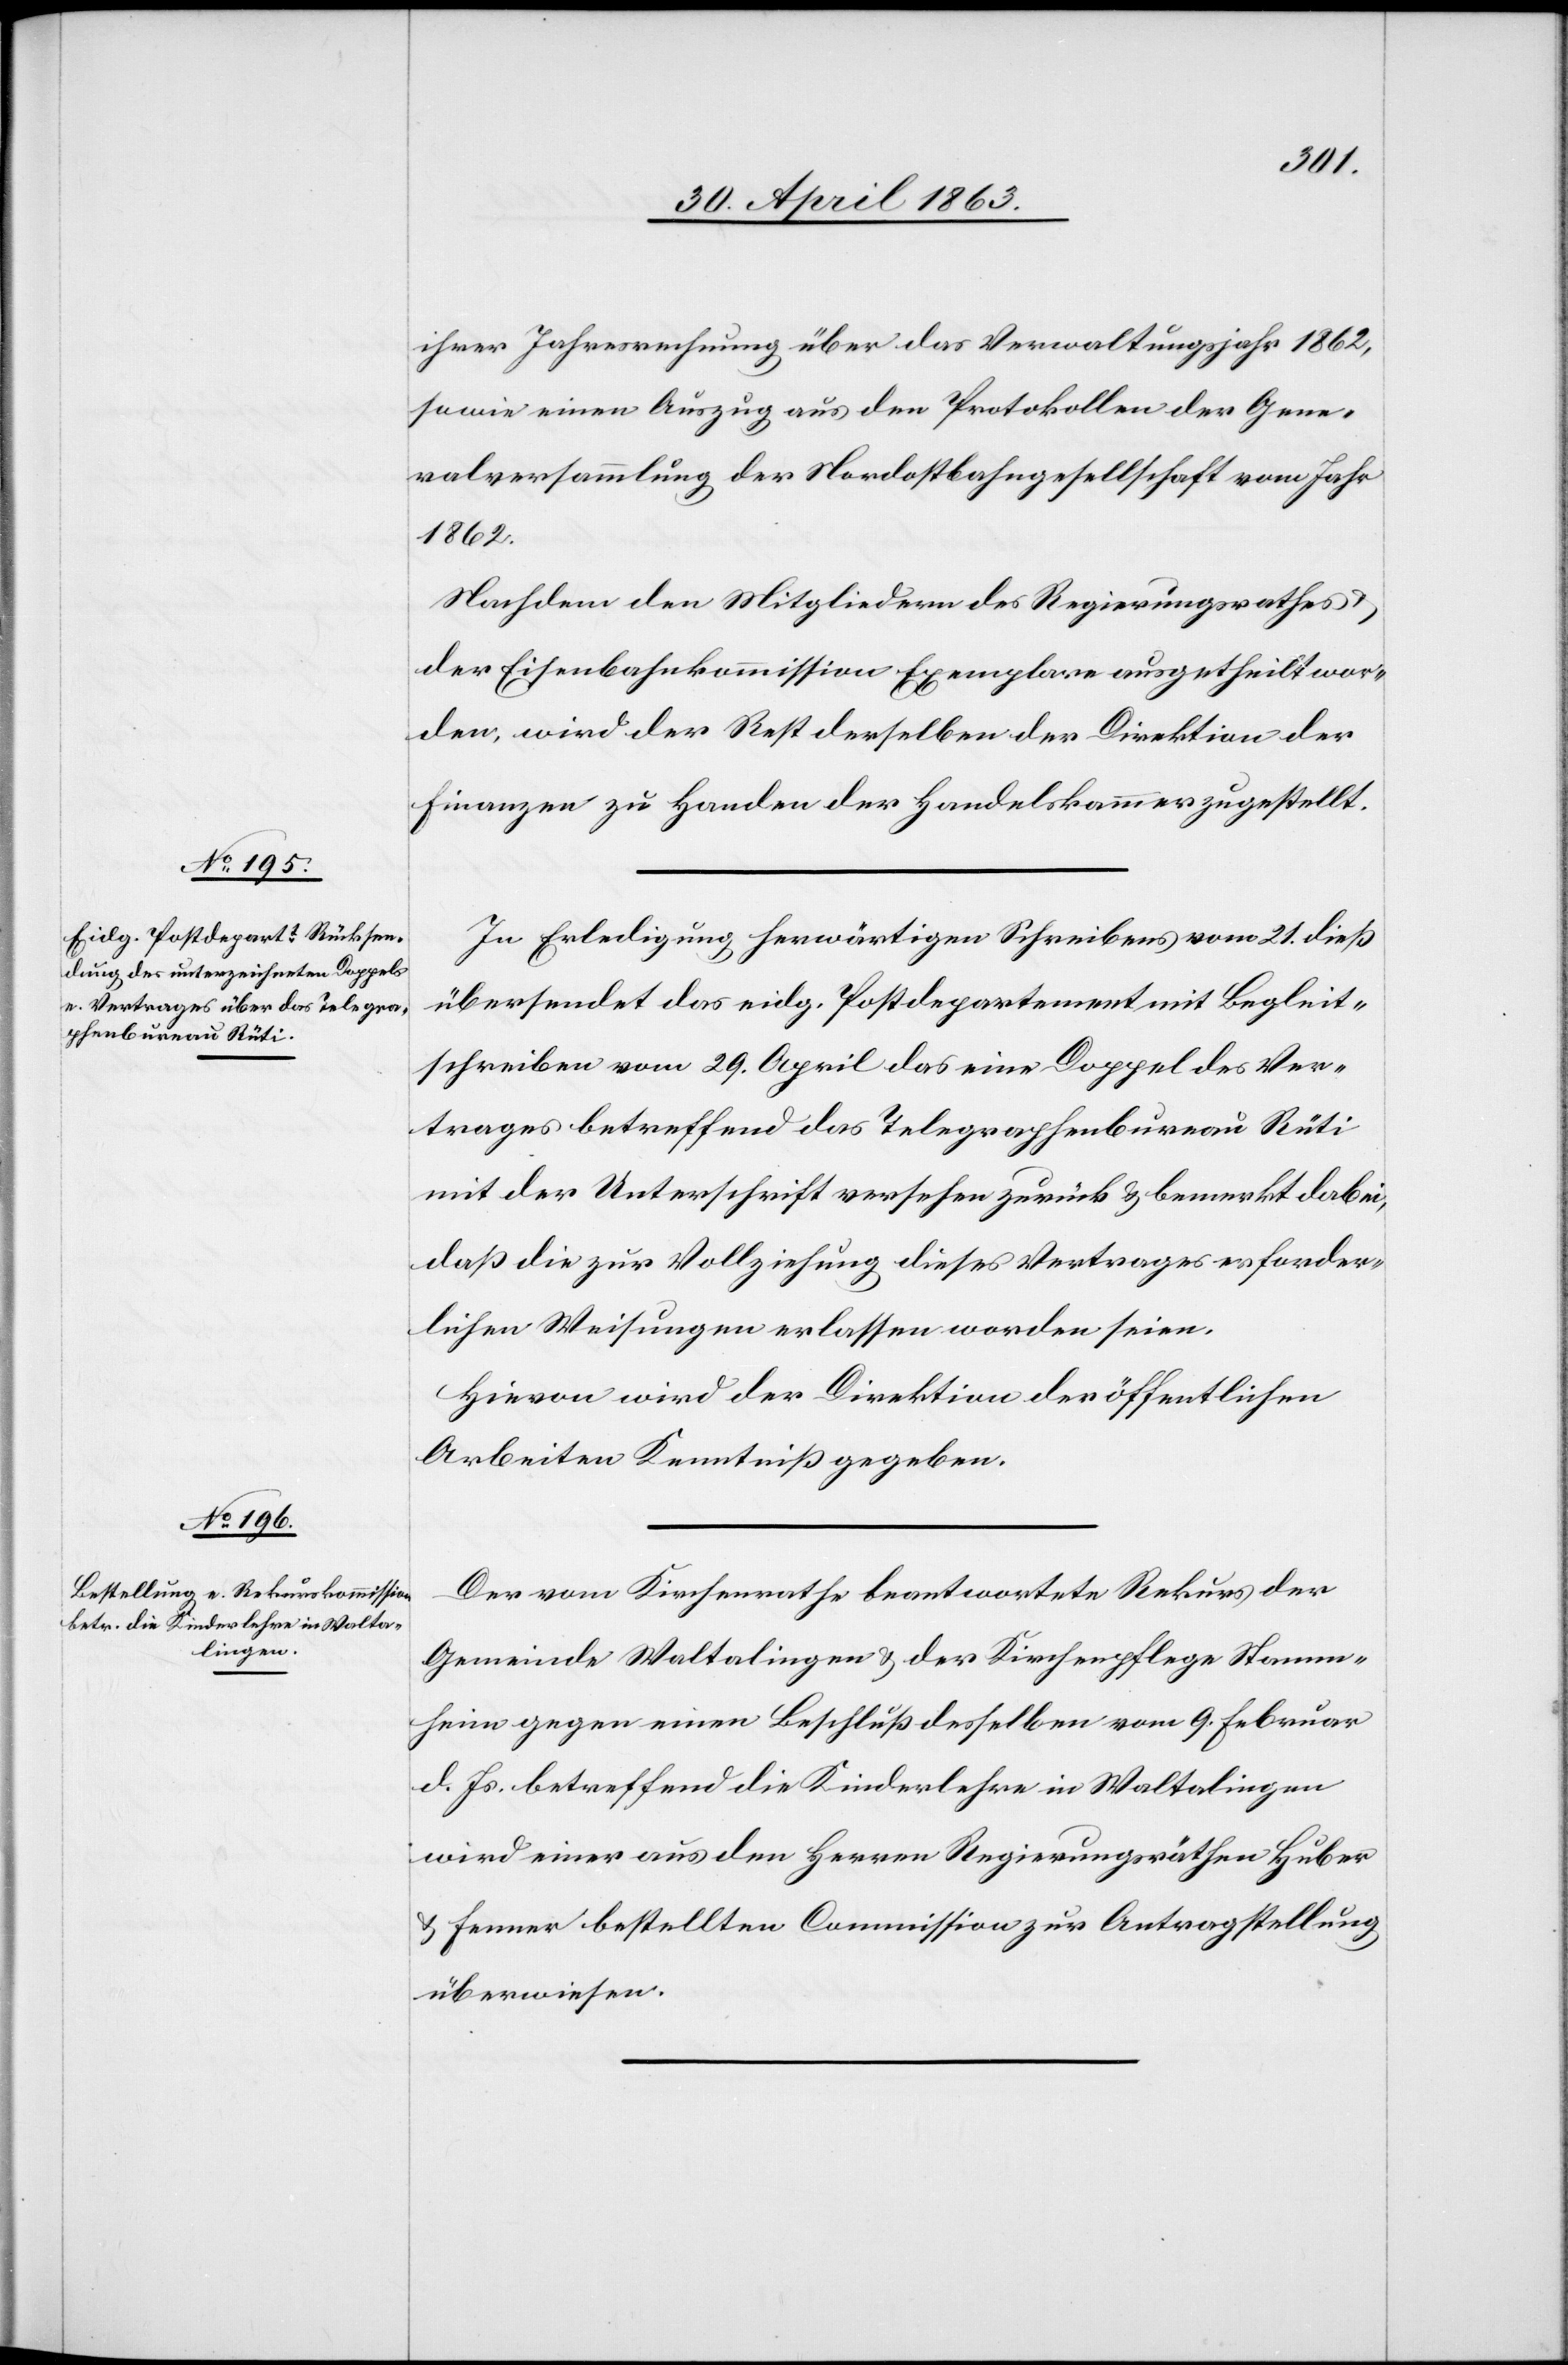
ihrer Jahresrechnung über das Verwaltungsjahr 1862,
sowie einen Auszug aus den Protokollen der Gene¬
ralversammlung der Nordostbahngesellschaft vom Jahr
1862.
Nachdem den Mitgliedern des Regierungsrathes
der Eisenbahnkommission Exemplare ausgetheilt wor¬
den, wird der Rest derselben der Direktion der
Finanzen zu Handen der Handelskammer zugestellt.
In Erledigung herwärtigen Schreibens vom 21. dieß
übersendet das eidg. Postdepartement mit Begleit¬
schreiben vom 29. April das eine Doppel des Ver¬
trages betreffend das Telegraphenbureau Rüti
mit der Unterschrift versehen zurück & bemerkt dabei,
daß die zur Vollziehung dieses Vertrages erforder¬
lichen Weisungen erlassen worden seien.
Hievon wird der Direktion der öffentlichen
Arbeiten Kenntniß gegeben.
Der vom Kirchenrathe beantwortete Rekurs der
Gemeinde Waltalingen & der Kirchenpflege Stamm¬
heim gegen einen Beschluß desselben vom 9. Februar
d. Js. betreffend die Kinderlehre in Waltalingen
wird einer aus den Herren Regierungsräthen Huber
& Fenner bestellten Commission zur Antragstellung
überwiesen.